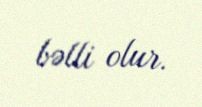
bəlli olur.